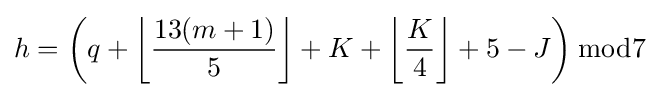
h=\left(q+\left\lfloor {\frac {13(m+1)}{5}}\right\rfloor +K+\left\lfloor {\frac {K}{4}}\right\rfloor +5-J\right){\bmod {7}}